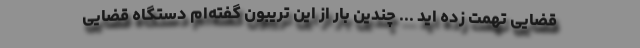
قضایی تهمت زده اید ... چندین بار از این تریبون گفته‌ام دستگاه قضایی